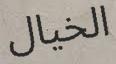
الخيال